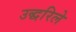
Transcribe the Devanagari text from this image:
उद्धरिले